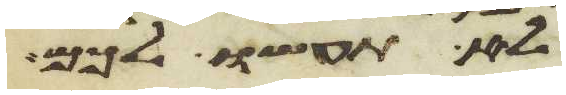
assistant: לא תעשו לכם